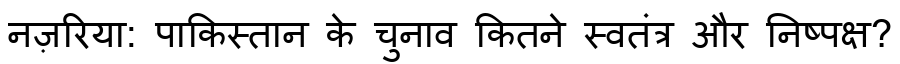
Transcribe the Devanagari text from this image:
नज़रिया: पाकिस्तान के चुनाव कितने स्वतंत्र और निष्पक्ष?